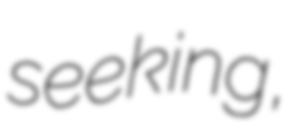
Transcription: seeking,